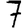
Digit: 7